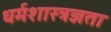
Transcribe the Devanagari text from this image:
धर्मशास्त्रज्ञता